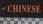
chinese